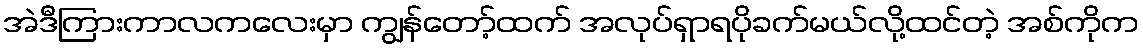
အဲဒီကြားကာလကလေးမှာ ကျွန်တော့်ထက် အလုပ်ရှာရပိုခက်မယ်လို့ထင်တဲ့ အစ်ကိုက